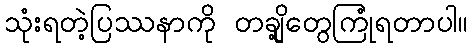
သုံးရတဲ့ပြဿနာကို တချို့တွေကြုံရတာပါ။